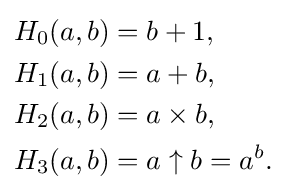
{\begin{aligned}H_{0}(a,b)&=b+1,\\H_{1}(a,b)&=a+b,\\H_{2}(a,b)&=a\times b,\\H_{3}(a,b)&=a\uparrow {b}=a^{b}.\end{aligned}}